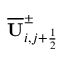
\overline { { \mathbf { U } } } _ { i , j + \frac { 1 } { 2 } } ^ { \pm }